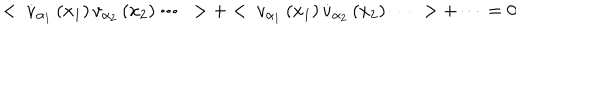
< ~ \dot { v } _ { \alpha _ { 1 } } \left( x _ { 1 } \right) v _ { \alpha _ { 2 } } \left( x _ { 2 } \right) \cdots ~ > + < ~ v _ { \alpha _ { 1 } } \left( x _ { 1 } \right) \dot { v } _ { \alpha _ { 2 } } \left( x _ { 2 } \right) \cdots ~ > + \cdots = 0